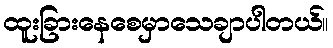
ထူးခြားနေစေမှာသေချာပါတယ်။